Civil Veterinary Dept. Bombay admin report 1923-31 - 1923-1931
Year: 1923
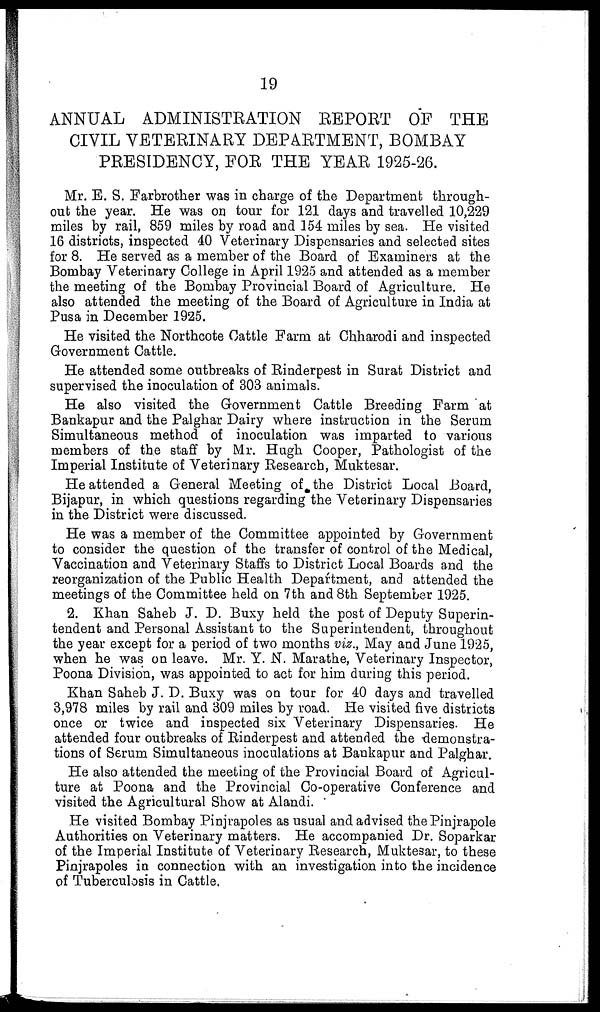
19
ANNUAL ADMINISTRATION REPORT OF THE
CIVIL VETERINARY DEPARTMENT, BOMBAY
PRESIDENCY, FOR THE YEAR 1925-26.
Mr. E. S. Farbrother was in charge of the Department through-
out the year. He was on tour for 121 days and travelled 10,229
miles by rail, 859 miles by road and 154 miles by sea. He visited
16 districts, inspected 40 Veterinary Dispensaries and selected sites
for 8. He served as a member of the Board of Examiners at the
Bombay Veterinary College in April 1925 and attended as a member
the meeting of the Bombay Provincial Board of Agriculture. He
also attended the meeting of the Board of Agriculture in India at
Pusa in December 1925.
He visited the Northcote Cattle Farm at Chharodi and inspected
Government Cattle.
He attended some outbreaks of Rinderpest in Surat District and
supervised the inoculation of 303 animals.
He also visited the Government Cattle Breeding Farm at
Bankapur and the Palghar Dairy where instruction in the Serum
Simultaneous method of inoculation was imparted to various
members of the staff by Mr. Hugh Cooper, Pathologist of the
Imperial Institute of Veterinary Research, Muktesar.
He attended a General Meeting of the District Local Board,
Bijapur, in which questions regarding the Veterinary Dispensaries
in the District were discussed.
He was a member of the Committee appointed by Government
to consider the question of the transfer of control of the Medical,
Vaccination and Veterinary Staffs to District Local Boards and the
reorganization of the Public Health Department, and attended the
meetings of the Committee held on 7th and 8th September 1925.
2. Khan Saheb J. D. Buxy held the post of Deputy Superin-
tendent and Personal Assistant to the Superintendent, throughout
the year except for a period of two months viz., May and June 1925,
when he was on leave. Mr. Y. N. Marathe, Veterinary Inspector,
Poona Division, was appointed to act for him during this period.
Khan Saheb J. D. Buxy was on tour for 40 days and travelled
3,978 miles by rail and 309 miles by road. He visited five districts
once or twice and inspected six Veterinary Dispensaries. He
attended four outbreaks of Rinderpest and attended the demonstra-
tions of Serum Simultaneous inoculations at Bankapur and Palghar.
He also attended the meeting of the Provincial Board of Agricul-
ture at Poona and the Provincial Co-operative Conference and
visited the Agricultural Show at Alandi.
He visited Bombay Pinjrapoles as usual and advised the Pinjrapole
Authorities on Veterinary matters. He accompanied Dr. Soparkar
of the Imperial Institute of Veterinary Research, Muktesar, to these
Pinjrapoles in connection with an investigation into the incidence
of Tuberculosis in Cattle.